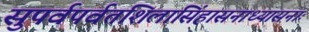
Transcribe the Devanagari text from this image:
सुपर्वपर्वतशिलासिंहासनाध्यासनाः